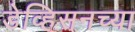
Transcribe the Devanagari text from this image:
डेव्हिसनच्या